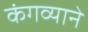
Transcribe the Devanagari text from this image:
कंगव्याने